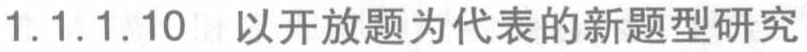
1.1.1.10 以开放题为代表的新题型研究